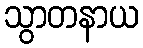
သွာတနာယ